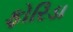
ફોરિડા